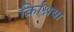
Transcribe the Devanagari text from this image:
क्रिश्निया